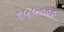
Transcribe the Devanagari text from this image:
१५५०००